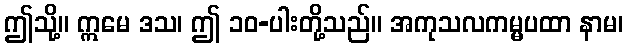
ဤသို့။ ဣမေ ဒသ၊ ဤ ၁၀-ပါးတို့သည်။ အကုသလကမ္မပထာ နာမ၊